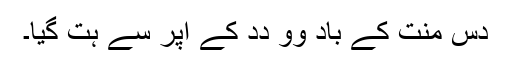
دس مِنُت کے باد وو دِدِ کے اُپر سے ہت گیا۔